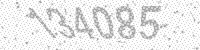
Solution: 134085